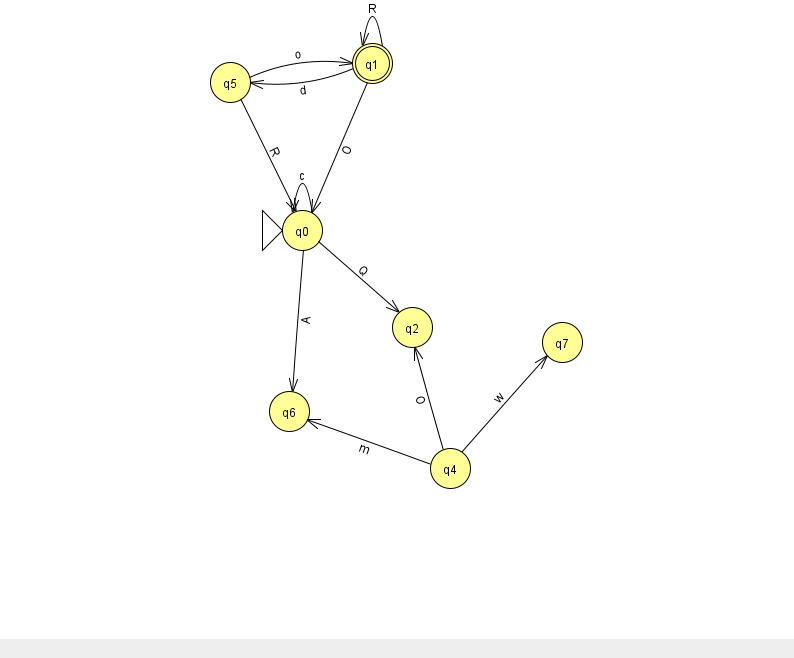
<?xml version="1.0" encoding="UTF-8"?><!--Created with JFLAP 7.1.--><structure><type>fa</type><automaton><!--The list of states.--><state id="0" name="q0"><x>302.0</x><y>217.0</y><initial/></state><state id="1" name="q1"><x>372.0</x><y>50.0</y><final/></state><state id="2" name="q2"><x>412.0</x><y>314.0</y></state><state id="4" name="q4"><x>450.0</x><y>455.0</y></state><state id="5" name="q5"><x>230.0</x><y>69.0</y></state><state id="6" name="q6"><x>289.0</x><y>398.0</y></state><state id="7" name="q7"><x>562.0</x><y>329.0</y></state><!--The list of transitions.--><transition><from>0</from><to>2</to><read>Q</read></transition><transition><from>0</from><to>6</to><read>A</read></transition><transition><from>1</from><to>1</to><read>R</read></transition><transition><from>0</from><to>0</to><read>c</read></transition><transition><from>1</from><to>5</to><read>d</read></transition><transition><from>5</from><to>0</to><read>R</read></transition><transition><from>4</from><to>2</to><read>O</read></transition><transition><from>1</from><to>0</to><read>O</read></transition><transition><from>4</from><to>6</to><read>m</read></transition><transition><from>4</from><to>7</to><read>w</read></transition><transition><from>5</from><to>1</to><read>o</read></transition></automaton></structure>